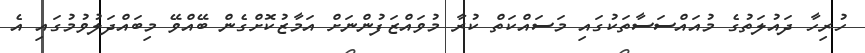
ހުރިހާ ދައުލަތުގެ މުއައްސަސާތަކުގައި މަސައްކަތް ކުރާ މުވައްޒަފުންނަށް އަމާޒުކޮށްގެން ބޭއްވޭ މިބައްދަލުވުމުގައި އެ